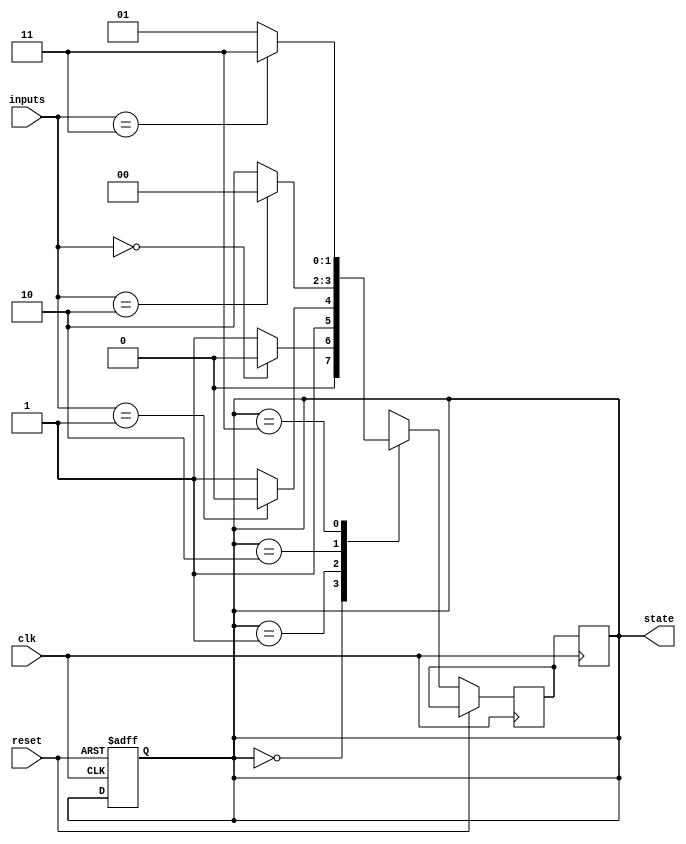
module state_machine (
    input wire clk,
    input wire reset,
    input wire [1:0] inputs,
    output reg [1:0] state
);

// Define states
parameter S0 = 2'b00;
parameter S1 = 2'b01;
parameter S2 = 2'b10;
parameter S3 = 2'b11;

// Define state encoding
reg [1:0] next_state;

// State transition logic
always @(posedge clk or posedge reset) begin
    if (reset) begin
        state <= S0;
    end else begin
        case (state)
            S0: begin
                if (inputs == 2'b00)
                    next_state = S0;
                else
                    next_state = S1;
            end
            S1: begin
                if (inputs == 2'b01)
                    next_state = S2;
                else
                    next_state = S3;
            end
            S2: begin
                if (inputs == 2'b10)
                    next_state = S0;
                else
                    next_state = S2;
            end
            S3: begin
                if (inputs == 2'b11)
                    next_state = S3;
                else
                    next_state = S1;
            end
        endcase
    end
end

// Update the state
always @(posedge clk) begin
    state <= next_state;
end

endmodule